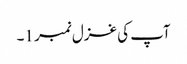
آپ کی غزل نمبر 1۔